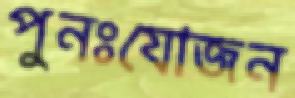
পুনঃযোজন